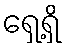
ရှေ့ရှိ